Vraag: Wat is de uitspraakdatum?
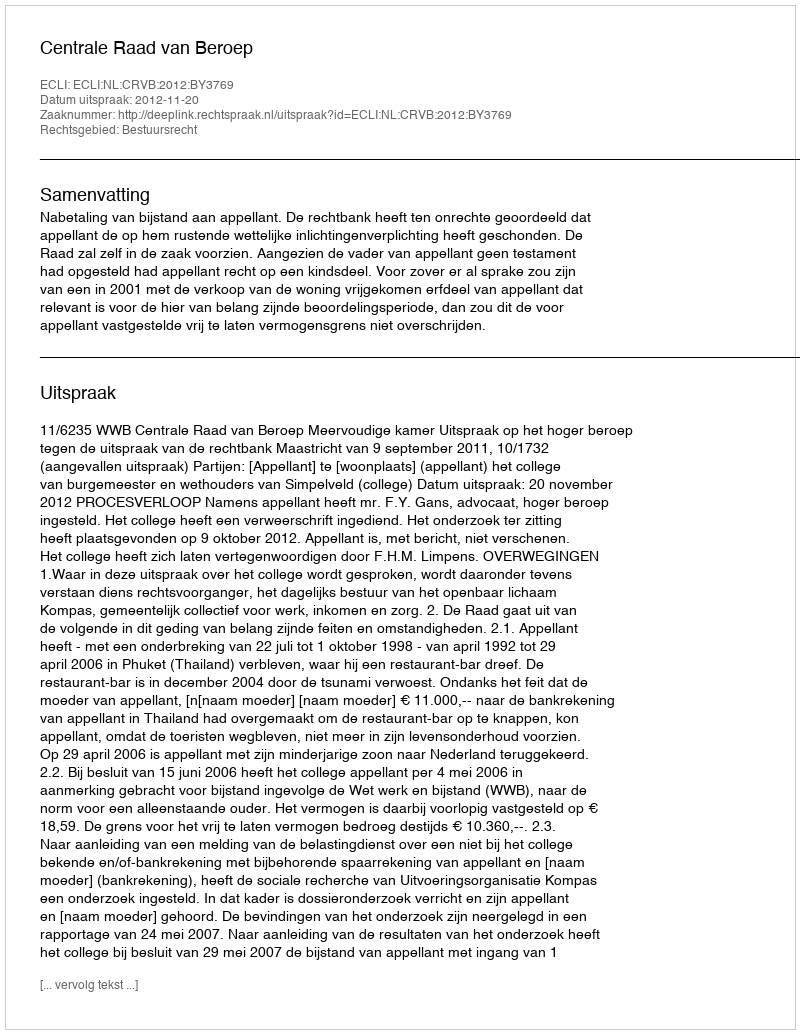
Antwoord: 2012-11-20